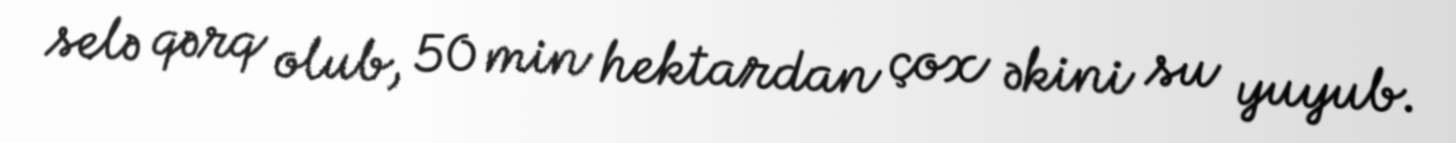
selə qərq olub, 50 min hektardan çox əkini su yuyub.